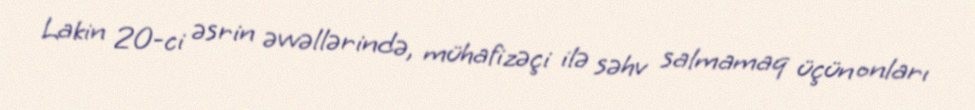
Lakin 20-ci əsrin əvvəllərində, mühafizəçi ilə səhv salmamaq üçün onları